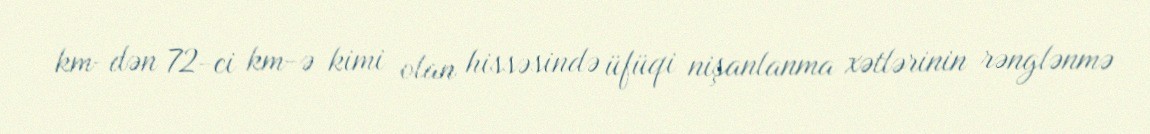
km-dən 72-ci km-ə kimi olan hissəsində üfüqi nişanlanma xətlərinin rənglənmə